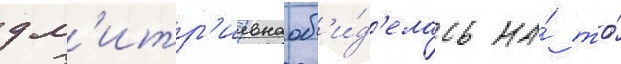
дм'итр'иевна об'и́д'елась на́ то́